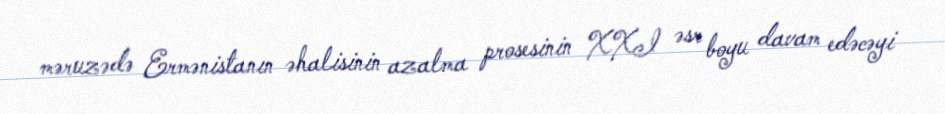
məruzədə Ermənistanın əhalisinin azalma prosesinin XXI əsr boyu davam edəcəyi